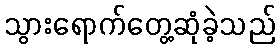
သွားရောက်တွေ့ဆုံခဲ့သည်